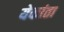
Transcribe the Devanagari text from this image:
येकांता